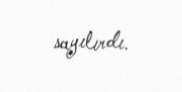
sayılırdı.